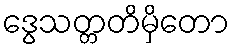
ဒွေသတ္တတိမှိတော